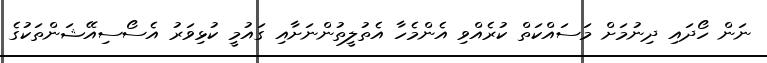
ނަން ހޯދައި ދިނުމަށް މަސައްކަތް ކުރެއްވި އެންމެހާ އެތުލީތުންނަށާއި ގައުމީ ކުޅިވަރު އެސޯސިއޭޝަންތަކުގެ